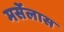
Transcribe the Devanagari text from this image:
मर्सेलास